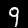
Digit: 9